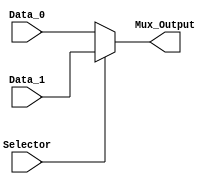

module Multiplexer_Behavioral
#(
	parameter WORD_LENGTH = 8
)
(
	// Input Ports
	input Selector,
	input [WORD_LENGTH-1 : 0]Data_0,
	input [WORD_LENGTH-1 : 0]Data_1,
	
	// Output Ports
	output [WORD_LENGTH-1 : 0]Mux_Output

);

reg [WORD_LENGTH-1 : 0]Mux_Output_r;

always@(Selector, Data_1,Data_0) begin

	if (Selector == 1'b1)
		Mux_Output_r = Data_1;
	else 
		Mux_Output_r = Data_0;

end 

assign Mux_Output = Mux_Output_r;

endmodule